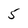
Character: 5